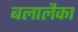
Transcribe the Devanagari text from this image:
बलालैका